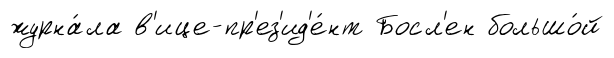
журна́ла в'ице-пр'ез'ид'е́нт Босл'ен большо́й